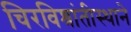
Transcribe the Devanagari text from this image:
चिरविश्रांतीस्थाने